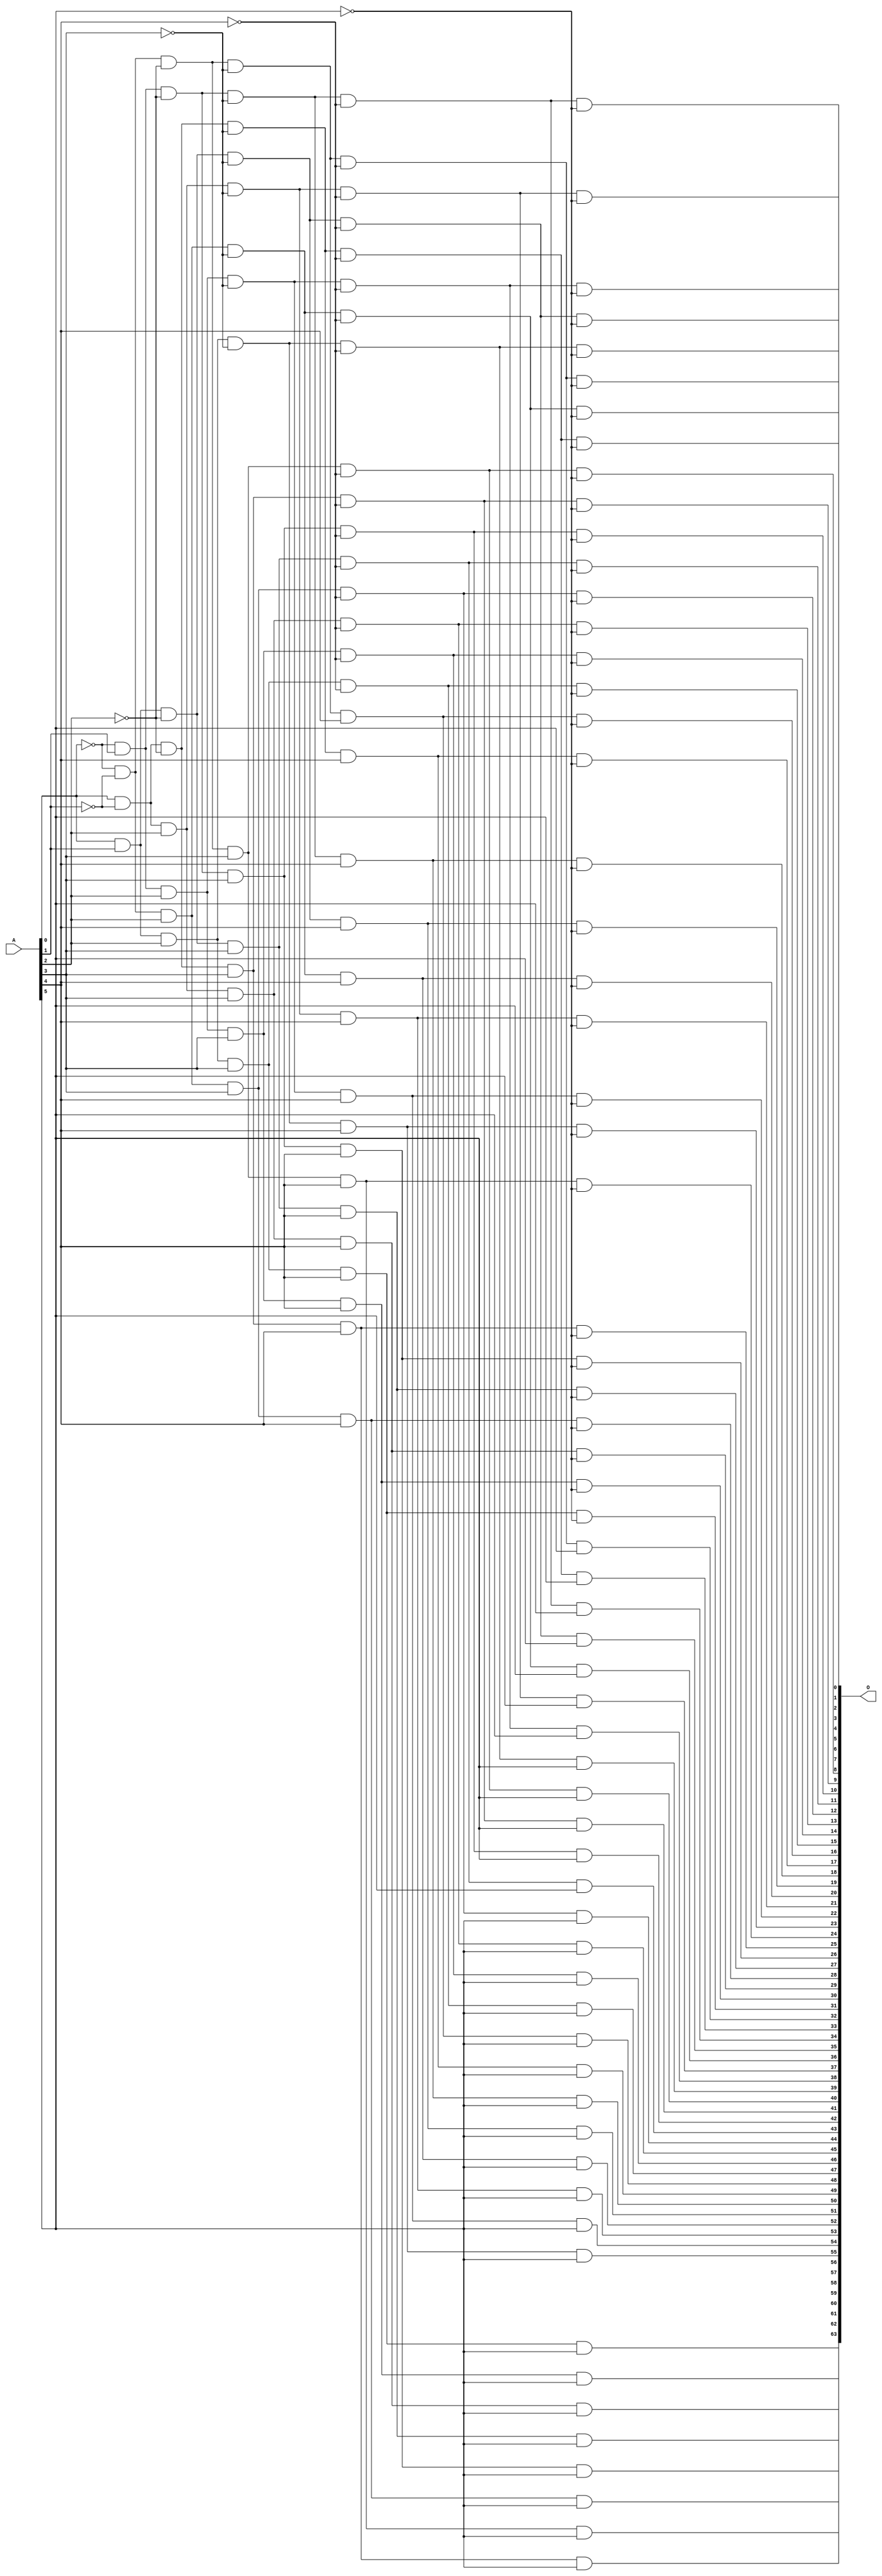
module decoder(A, O);

  input [5:0]A;

  output [63:0]O;

  wire notA0, notA1, notA2, notA3, notA4, notA5;

  not #1 g1_0(notA0,A[0]);
  not #1 g1_1(notA1,A[1]);
  not #1 g1_2(notA2,A[2]);
  not #1 g1_3(notA3,A[3]);
  not #1 g1_4(notA4,A[4]);
  not #1 g1_5(notA5,A[5]);

  and #7 g2_0(O[0],notA0, notA1, notA2, notA3, notA4, notA5);
  and #7 g2_1(O[1],A[0], notA1, notA2, notA3, notA4, notA5);
  and #7 g2_2(O[2],notA0, A[1], notA2, notA3, notA4, notA5);
  and #7 g2_3(O[3],A[0], A[1], notA2, notA3, notA4, notA5);
  and #7 g2_4(O[4],notA0, notA1, A[2], notA3, notA4, notA5);
  and #7 g2_5(O[5],A[0], notA1, A[2], notA3, notA4, notA5); 
  and #7 g2_6(O[6],notA0, A[1], A[2], notA3, notA4, notA5);
  and #7 g2_7(O[7],A[0], A[1], A[2], notA3, notA4, notA5); 
  and #7 g2_8(O[8],notA0, notA1, notA2, A[3], notA4, notA5);
  and #7 g2_9(O[9],A[0], notA1, notA2, A[3], notA4, notA5); 
  and #7 g2_10(O[10],notA0, A[1], notA2, A[3], notA4, notA5); 
  and #7 g2_11(O[11],A[0], A[1], notA2, A[3], notA4, notA5); 
  and #7 g2_12(O[12],notA0, notA1, A[2], A[3], notA4, notA5); 
  and #7 g2_13(O[13],A[0], notA1, A[2], A[3], notA4, notA5); 
  and #7 g2_14(O[14],notA0, A[1], A[2], A[3], notA4, notA5); 
  and #7 g2_15(O[15],A[0], A[1], A[2], A[3], notA4, notA5); 
  and #7 g2_16(O[16],notA0, notA1, notA2, notA3, A[4], notA5); 
  and #7 g2_17(O[17],A[0], notA1, notA2, notA3, A[4], notA5);
  and #7 g2_18(O[18],notA0, A[1], notA2, notA3, A[4], notA5); 
  and #7 g2_19(O[19],A[0], A[1], notA2, notA3, A[4], notA5); 
  and #7 g2_20(O[20],notA0, notA1, A[2], notA3, A[4], notA5); 
  and #7 g2_21(O[21],A[0], notA1, A[2], notA3, A[4], notA5); 
  and #7 g2_22(O[22],notA0, A[1], A[2], notA3, A[4], notA5); 
  and #7 g2_23(O[23],A[0], A[1], A[2], notA3, A[4], notA5); 
  and #7 g2_24(O[24],notA0, notA1, notA2, A[3], A[4], notA5); 
  and #7 g2_25(O[25],A[0], notA1, notA2, A[3], A[4], notA5);
  and #7 g2_26(O[26],notA0, A[1], notA2, A[3], A[4], notA5); 
  and #7 g2_27(O[27],A[0], A[1], notA2, A[3], A[4], notA5); 
  and #7 g2_28(O[28],notA0, notA1, A[2], A[3], A[4], notA5); 
  and #7 g2_29(O[29],A[0], notA1, A[2], A[3], A[4], notA5); 
  and #7 g2_30(O[30],notA0, A[1], A[2], A[3], A[4], notA5); 
  and #7 g2_31(O[31],A[0], A[1], A[2], A[3], A[4], notA5); 
  and #7 g2_32(O[32],notA0, notA1, notA2, notA3, notA4, A[5]); 
  and #7 g2_33(O[33],A[0], notA1, notA2, notA3, notA4, A[5]); 
  and #7 g2_34(O[34],notA0, A[1], notA2, notA3, notA4, A[5]); 
  and #7 g2_35(O[35],A[0], A[1], notA2, notA3, notA4, A[5]); 
  and #7 g2_36(O[36],notA0, notA1, A[2], notA3, notA4, A[5]); 
  and #7 g2_37(O[37],A[0], notA1, A[2], notA3, notA4, A[5]); 
  and #7 g2_38(O[38],notA0, A[1], A[2], notA3, notA4, A[5]);
  and #7 g2_39(O[39],A[0], A[1], A[2], notA3, notA4, A[5]); 
  and #7 g2_40(O[40],notA0, notA1, notA2, A[3], notA4, A[5]); 
  and #7 g2_41(O[41],A[0], notA1, notA2, A[3], notA4, A[5]); 
  and #7 g2_42(O[42],notA0, A[1], notA2, A[3], notA4, A[5]); 
  and #7 g2_43(O[43],A[0], A[1], notA2, A[3], notA4, A[5]); 
  and #7 g2_44(O[44],notA0, notA1, A[2], A[3], notA4, A[5]);
  and #7 g2_45(O[45],A[0], notA1, A[2], A[3], notA4, A[5]);
  and #7 g2_46(O[46],notA0, A[1], A[2], A[3], notA4, A[5]); 
  and #7 g2_47(O[47],A[0], A[1], A[2], A[3], notA4, A[5]); 
  and #7 g2_48(O[48],notA0, notA1, notA2, notA3, A[4], A[5]); 
  and #7 g2_49(O[49],A[0], notA1, notA2, notA3, A[4], A[5]); 
  and #7 g2_50(O[50],notA0, A[1], notA2, notA3, A[4], A[5]); 
  and #7 g2_51(O[51],A[0], A[1], notA2, notA3, A[4], A[5]); 
  and #7 g2_52(O[52],notA0, notA1, A[2], notA3, A[4], A[5]); 
  and #7 g2_53(O[53],A[0], notA1, A[2], notA3, A[4], A[5]); 
  and #7 g2_54(O[54],notA0, A[1], A[2], notA3, A[4], A[5]); 
  and #7 g2_55(O[55],A[0], A[1], A[2], notA3, A[4], A[5]); 
  and #7 g2_56(O[56],notA0, notA1, notA2, A[3], A[4], A[5]); 
  and #7 g2_57(O[57],A[0], notA1, notA2, A[3], A[4], A[5]); 
  and #7 g2_58(O[58],notA0, A[1], notA2, A[3], A[4], A[5]); 
  and #7 g2_59(O[59],A[0], A[1], notA2, A[3], A[4], A[5]); 
  and #7 g2_60(O[60],notA0, notA1, A[2], A[3], A[4], A[5]); 
  and #7 g2_61(O[61],A[0], notA1, A[2], A[3], A[4], A[5]); 
  and #7 g2_62(O[62],notA0, A[1], A[2], A[3], A[4], A[5]); 
  and #7 g2_63(O[63],A[0], A[1], A[2], A[3], A[4], A[5]); 
  

  

endmodule

// 000001 000010 000100 001000 010000 100000 
// 000011 000101 000110 001001 001010 001100 010001 010010 010100 011000 100001 100010 100100 101000 110000 
// 000111 001011 001101 001110 010011 010101 010110 011001 011010 011100 100011 100101 100110 101001 101010 101100 110001 110010 110100 111000 
// 001111 010111 011011 011101 011110 100111 101011 101101 101110 110011 110101 110110 111001 111010 111100 
// 011111 101111 110111 111011 111101 111110 
// 111111